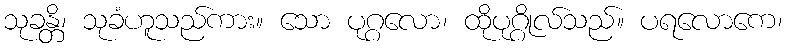
သုခန္တိ၊ သုခံဟူသည်ကား။ သော ပုဂ္ဂလော၊ ထိုပုဂ္ဂိုလ်သည်။ ပရလောကေ၊